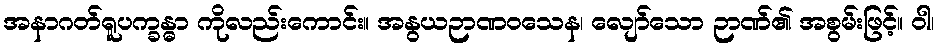
အနာဂတ်ရူပက္ခန္ဓာ ကိုလည်းကောင်း။ အနွယဉာဏဝသေန၊ လျော်သော ဉာဏ်၏ အစွမ်းဖြင့်။ ဝါ၊